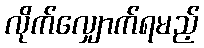
လိုက်လျှောက်ရမည့်